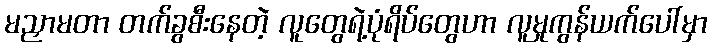
မညှာမတာ တက်ခွစီးနေတဲ့ လူတွေရဲ့ပုံရိပ်တွေဟာ လူမှုကွန်ယက်ပေါ်မှာ